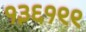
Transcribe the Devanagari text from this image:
१३६१९९